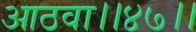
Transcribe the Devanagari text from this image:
आठवा।।४७।।